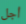
أجل